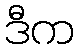
ဒီက